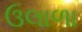
ઉલાળા